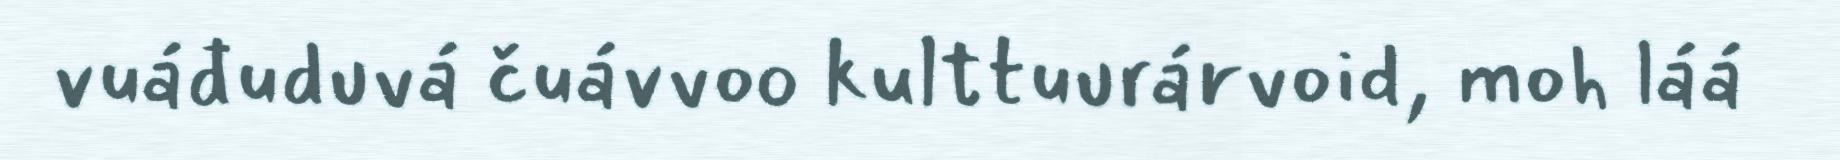
vuáđuduvá čuávvoo kulttuurárvoid, moh láá